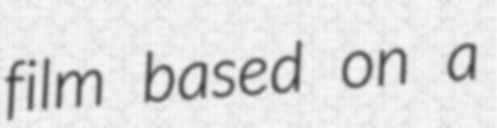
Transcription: film based on a